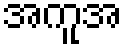
အကူအ